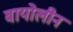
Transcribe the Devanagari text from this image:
वायोलीन